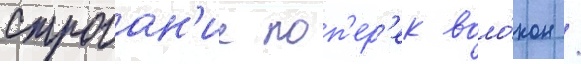
Строган'ие поп'ер'ек воло́кон /